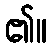
၏။